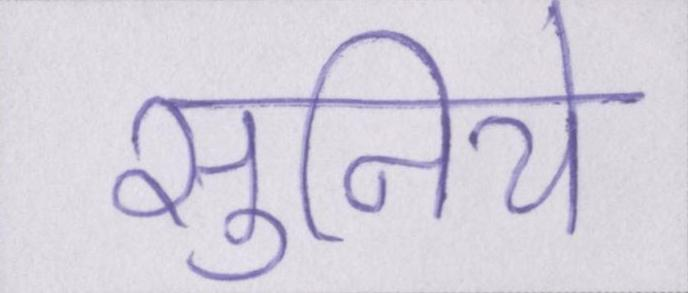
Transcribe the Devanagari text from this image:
सुनिये